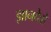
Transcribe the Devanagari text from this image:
ज्ञानदेवो